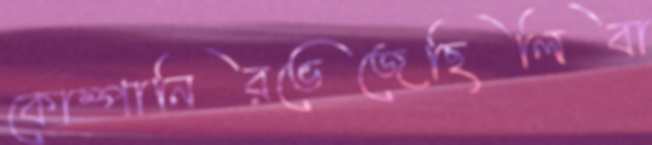
কোম্পানিরভেজেছিলিবা